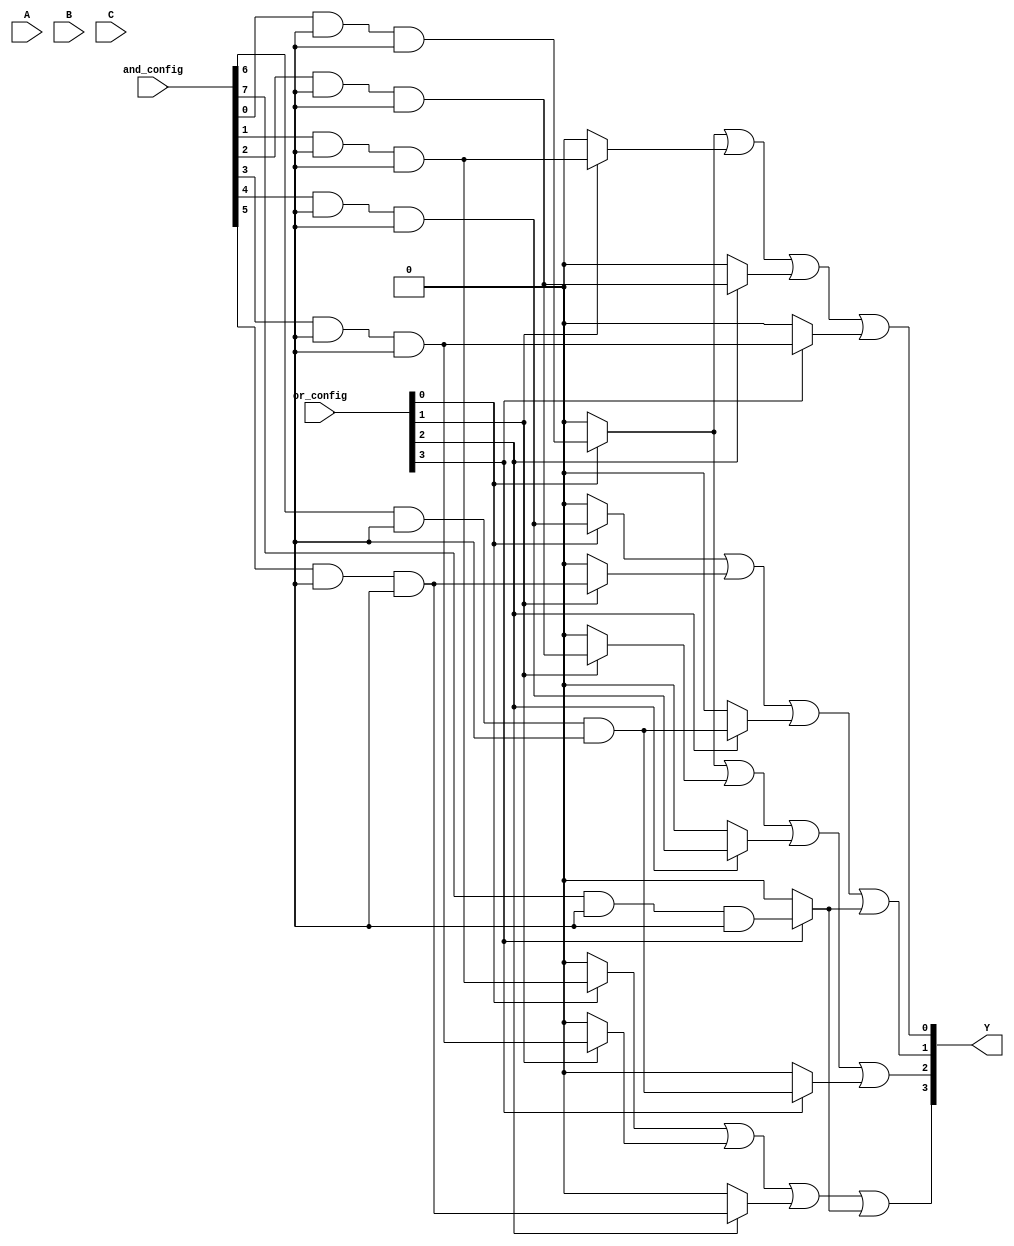
module PLA (
    input wire [2:0] A,      // 3-bit input (A0, A1, A2)
    input wire [2:0] B,      // 3-bit input (B0, B1, B2)
    input wire [2:0] C,      // 3-bit input (C0, C1, C2)
    input wire [7:0] and_config, // Configuration for AND gates
    input wire [3:0] or_config,  // Configuration for OR gates
    output wire [3:0] Y       // 4-bit output (Y1, Y2, Y3, Y4)
);

// AND Plane
wire [7:0] and_out; // Outputs from AND gates

// AND Gate Implementations
generate
    genvar i;
    for (i = 0; i < 8; i = i + 1) begin : and_gates
        assign and_out[i] = (and_config[i] & (A[0] | ~A[0])) & 
                             (and_config[i + 8] & (A[1] | ~A[1])) &
                             (and_config[i + 16] & (A[2] | ~A[2]));
    end
endgenerate

// OR Plane
// Each output Y is a combination of AND gate outputs based on or_config
assign Y[0] = (or_config[0] ? and_out[0] : 1'b0) |
              (or_config[1] ? and_out[1] : 1'b0) |
              (or_config[2] ? and_out[2] : 1'b0) |
              (or_config[3] ? and_out[3] : 1'b0);

assign Y[1] = (or_config[0] ? and_out[4] : 1'b0) |
              (or_config[1] ? and_out[5] : 1'b0) |
              (or_config[2] ? and_out[6] : 1'b0) |
              (or_config[3] ? and_out[7] : 1'b0);

// Additional outputs can be configured similarly
assign Y[2] = (or_config[0] ? and_out[0] : 1'b0) |
              (or_config[1] ? and_out[2] : 1'b0) |
              (or_config[2] ? and_out[4] : 1'b0) |
              (or_config[3] ? and_out[6] : 1'b0);

assign Y[3] = (or_config[0] ? and_out[1] : 1'b0) |
              (or_config[1] ? and_out[3] : 1'b0) |
              (or_config[2] ? and_out[5] : 1'b0) |
              (or_config[3] ? and_out[7] : 1'b0);

endmodule